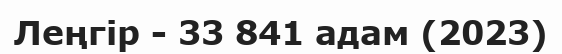
Леңгір - 33 841 адам (2023)